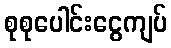
စုစုပေါင်းငွေကျပ်